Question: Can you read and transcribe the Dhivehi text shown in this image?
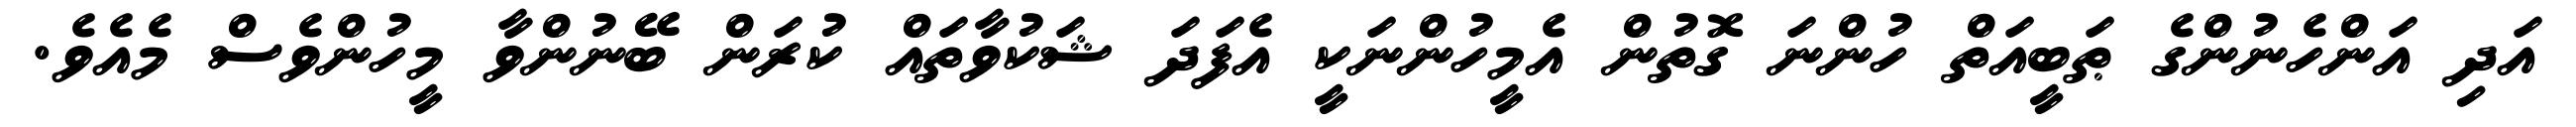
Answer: އަދި އަންހެނުންގެ ޠަބީއަތް ހުންނަ ގޮތުން އެމީހުންނަކީ އެފަދަ ޝަކުވާތައް ކުރަން ބޭނުންވާ މީހުންވެސް މެއެވެ.